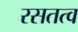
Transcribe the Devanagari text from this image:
रसतत्व